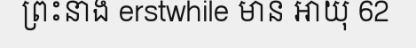
ព្រះនាង erstwhile មាន អាយុ 62